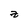
Character: z